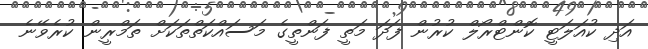
އަދި ކުއަލަޓީ ކޮންޓްރޯލް ކުރުން ފަދަ މަތީ ފަންތީގެ މަސައްކަތްތަކަށް ތަމްރީން ކުރެވޭނެ